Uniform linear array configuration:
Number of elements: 64
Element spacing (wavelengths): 1
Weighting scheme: uniform
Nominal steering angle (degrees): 45
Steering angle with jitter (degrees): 45.827
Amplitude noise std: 0.05
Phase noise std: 0.05

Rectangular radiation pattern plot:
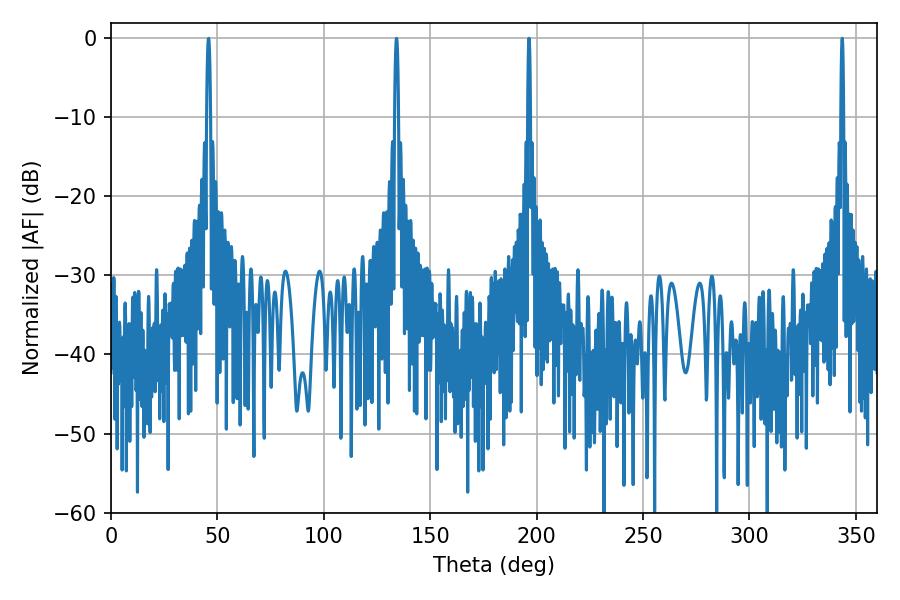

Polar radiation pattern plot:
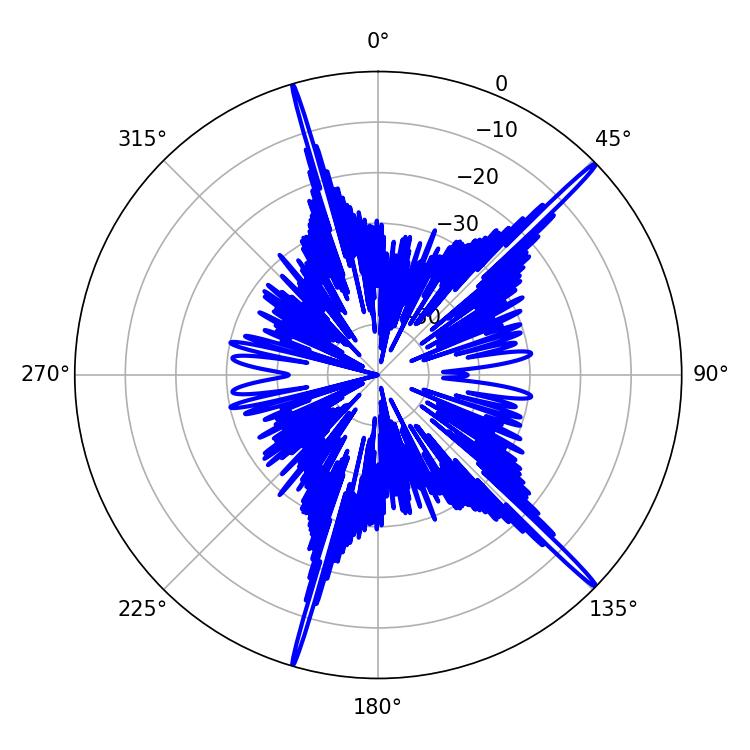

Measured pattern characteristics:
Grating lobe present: TRUE
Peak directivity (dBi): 19.394
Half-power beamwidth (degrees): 0.72
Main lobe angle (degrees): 196.38